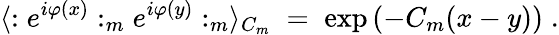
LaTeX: \langle:e^{i\varphi(x)}:_{m}e^{i\varphi(y)}:_{m}\rangle_{C_{m}}\; =\; \exp\left(-C_{m}(x-y)\right)\; .